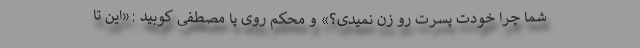
شما چرا خودت پسرت رو زن نمیدی؟» و محکم روی پا مصطفی کوبید :«این تا